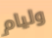
وليام